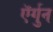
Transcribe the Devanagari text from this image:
ऍर्गुन